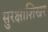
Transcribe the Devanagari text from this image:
सुरक्षाशिखर